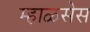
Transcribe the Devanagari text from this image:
म्हाळसेस